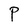
Character: P